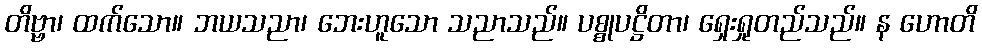
တိဗ္ဗာ၊ ထက်သော။ ဘယသညာ၊ ဘေးဟူသော သညာသည်။ ပစ္စုပဋ္ဌိတာ၊ ရှေးရှုတည်သည်။ န ဟောတိ